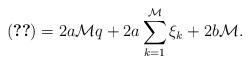
LaTeX: \begin{align*}(\ref{w1A})=2a{\mathcal M}q+2a\sum_{k=1}^{\mathcal M}\xi_k+2b{\mathcal M}.\end{align*}